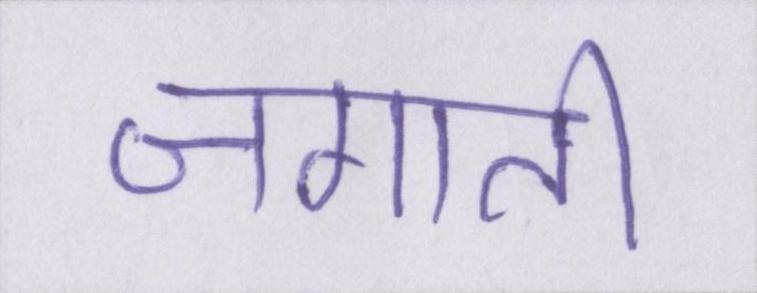
जगाती